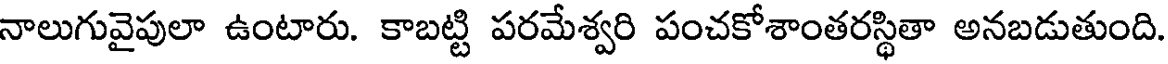
నాలుగువైపులా ఉంటారు. కాబట్టి పరమేశ్వరి పంచకోశాంతరస్థితా అనబడుతుంది